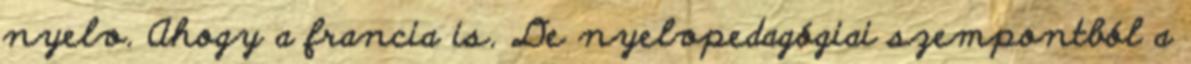
nyelv. Ahogy a francia is. De nyelvpedagógiai szempontból a